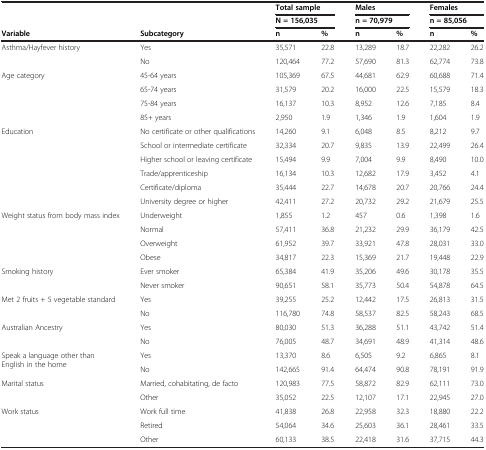
<table><thead><tr><td><b> </b></td><td><b> </b></td><td colspan="2"><b>Total sample</b></td><td colspan="2"><b>Males</b></td><td colspan="2"><b>Females</b></td></tr><tr><td><b> </b></td><td><b> </b></td><td colspan="2"><b>N = 156,035</b></td><td colspan="2"><b>n = 70,979</b></td><td colspan="2"><b>n = 85,056</b></td></tr><tr><td><b>Variable</b></td><td><b>Subcategory</b></td><td><b>n</b></td><td><b>%</b></td><td><b>n</b></td><td><b>%</b></td><td><b>n</b></td><td><b>%</b></td></tr></thead><tbody><tr><td rowspan="2">Asthma/Hayfever history</td><td>Yes</td><td>35,571</td><td>22.8</td><td>13,289</td><td>18.7</td><td>22,282</td><td>26.2</td></tr><tr><td>No</td><td>120,464</td><td>77.2</td><td>57,690</td><td>81.3</td><td>62,774</td><td>73.8</td></tr><tr><td rowspan="4">Age category</td><td>45-64 years</td><td>105,369</td><td>67.5</td><td>44,681</td><td>62.9</td><td>60,688</td><td>71.4</td></tr><tr><td>65-74 years</td><td>31,579</td><td>20.2</td><td>16,000</td><td>22.5</td><td>15,579</td><td>18.3</td></tr><tr><td>75-84 years</td><td>16,137</td><td>10.3</td><td>8,952</td><td>12.6</td><td>7,185</td><td>8.4</td></tr><tr><td>85+ years</td><td>2,950</td><td>1.9</td><td>1,346</td><td>1.9</td><td>1,604</td><td>1.9</td></tr><tr><td rowspan="6">Education</td><td>No certificate or other qualifications</td><td>14,260</td><td>9.1</td><td>6,048</td><td>8.5</td><td>8,212</td><td>9.7</td></tr><tr><td>School or intermediate certificate</td><td>32,334</td><td>20.7</td><td>9,835</td><td>13.9</td><td>22,499</td><td>26.4</td></tr><tr><td>Higher school or leaving certificate</td><td>15,494</td><td>9.9</td><td>7,004</td><td>9.9</td><td>8,490</td><td>10.0</td></tr><tr><td>Trade/apprenticeship</td><td>16,134</td><td>10.3</td><td>12,682</td><td>17.9</td><td>3,452</td><td>4.1</td></tr><tr><td>Certificate/diploma</td><td>35,444</td><td>22.7</td><td>14,678</td><td>20.7</td><td>20,766</td><td>24.4</td></tr><tr><td>University degree or higher</td><td>42,411</td><td>27.2</td><td>20,732</td><td>29.2</td><td>21,679</td><td>25.5</td></tr><tr><td rowspan="4">Weight status from body mass index</td><td>Underweight</td><td>1,855</td><td>1.2</td><td>457</td><td>0.6</td><td>1,398</td><td>1.6</td></tr><tr><td>Normal</td><td>57,411</td><td>36.8</td><td>21,232</td><td>29.9</td><td>36,179</td><td>42.5</td></tr><tr><td>Overweight</td><td>61,952</td><td>39.7</td><td>33,921</td><td>47.8</td><td>28,031</td><td>33.0</td></tr><tr><td>Obese</td><td>34,817</td><td>22.3</td><td>15,369</td><td>21.7</td><td>19,448</td><td>22.9</td></tr><tr><td>Smoking history</td><td>Ever smoker</td><td>65,384</td><td>41.9</td><td>35,206</td><td>49.6</td><td>30,178</td><td>35.5</td></tr><tr><td> </td><td>Never smoker</td><td>90,651</td><td>58.1</td><td>35,773</td><td>50.4</td><td>54,878</td><td>64.5</td></tr><tr><td rowspan="2">Met 2 fruits + 5 vegetable standard</td><td>Yes</td><td>39,255</td><td>25.2</td><td>12,442</td><td>17.5</td><td>26,813</td><td>31.5</td></tr><tr><td>No</td><td>116,780</td><td>74.8</td><td>58,537</td><td>82.5</td><td>58,243</td><td>68.5</td></tr><tr><td rowspan="2">Australian Ancestry</td><td>Yes</td><td>80,030</td><td>51.3</td><td>36,288</td><td>51.1</td><td>43,742</td><td>51.4</td></tr><tr><td>No</td><td>76,005</td><td>48.7</td><td>34,691</td><td>48.9</td><td>41,314</td><td>48.6</td></tr><tr><td rowspan="2">Speak a language other than English in the home</td><td>Yes</td><td>13,370</td><td>8.6</td><td>6,505</td><td>9.2</td><td>6,865</td><td>8.1</td></tr><tr><td>No</td><td>142,665</td><td>91.4</td><td>64,474</td><td>90.8</td><td>78,191</td><td>91.9</td></tr><tr><td rowspan="2">Marital status</td><td>Married, cohabitating, de facto</td><td>120,983</td><td>77.5</td><td>58,872</td><td>82.9</td><td>62,111</td><td>73.0</td></tr><tr><td>Other</td><td>35,052</td><td>22.5</td><td>12,107</td><td>17.1</td><td>22,945</td><td>27.0</td></tr><tr><td>Work status</td><td>Work full time</td><td>41,838</td><td>26.8</td><td>22,958</td><td>32.3</td><td>18,880</td><td>22.2</td></tr><tr><td> </td><td>Retired</td><td>54,064</td><td>34.6</td><td>25,603</td><td>36.1</td><td>28,461</td><td>33.5</td></tr><tr><td> </td><td>Other</td><td>60,133</td><td>38.5</td><td>22,418</td><td>31.6</td><td>37,715</td><td>44.3</td></tr></tbody></table>